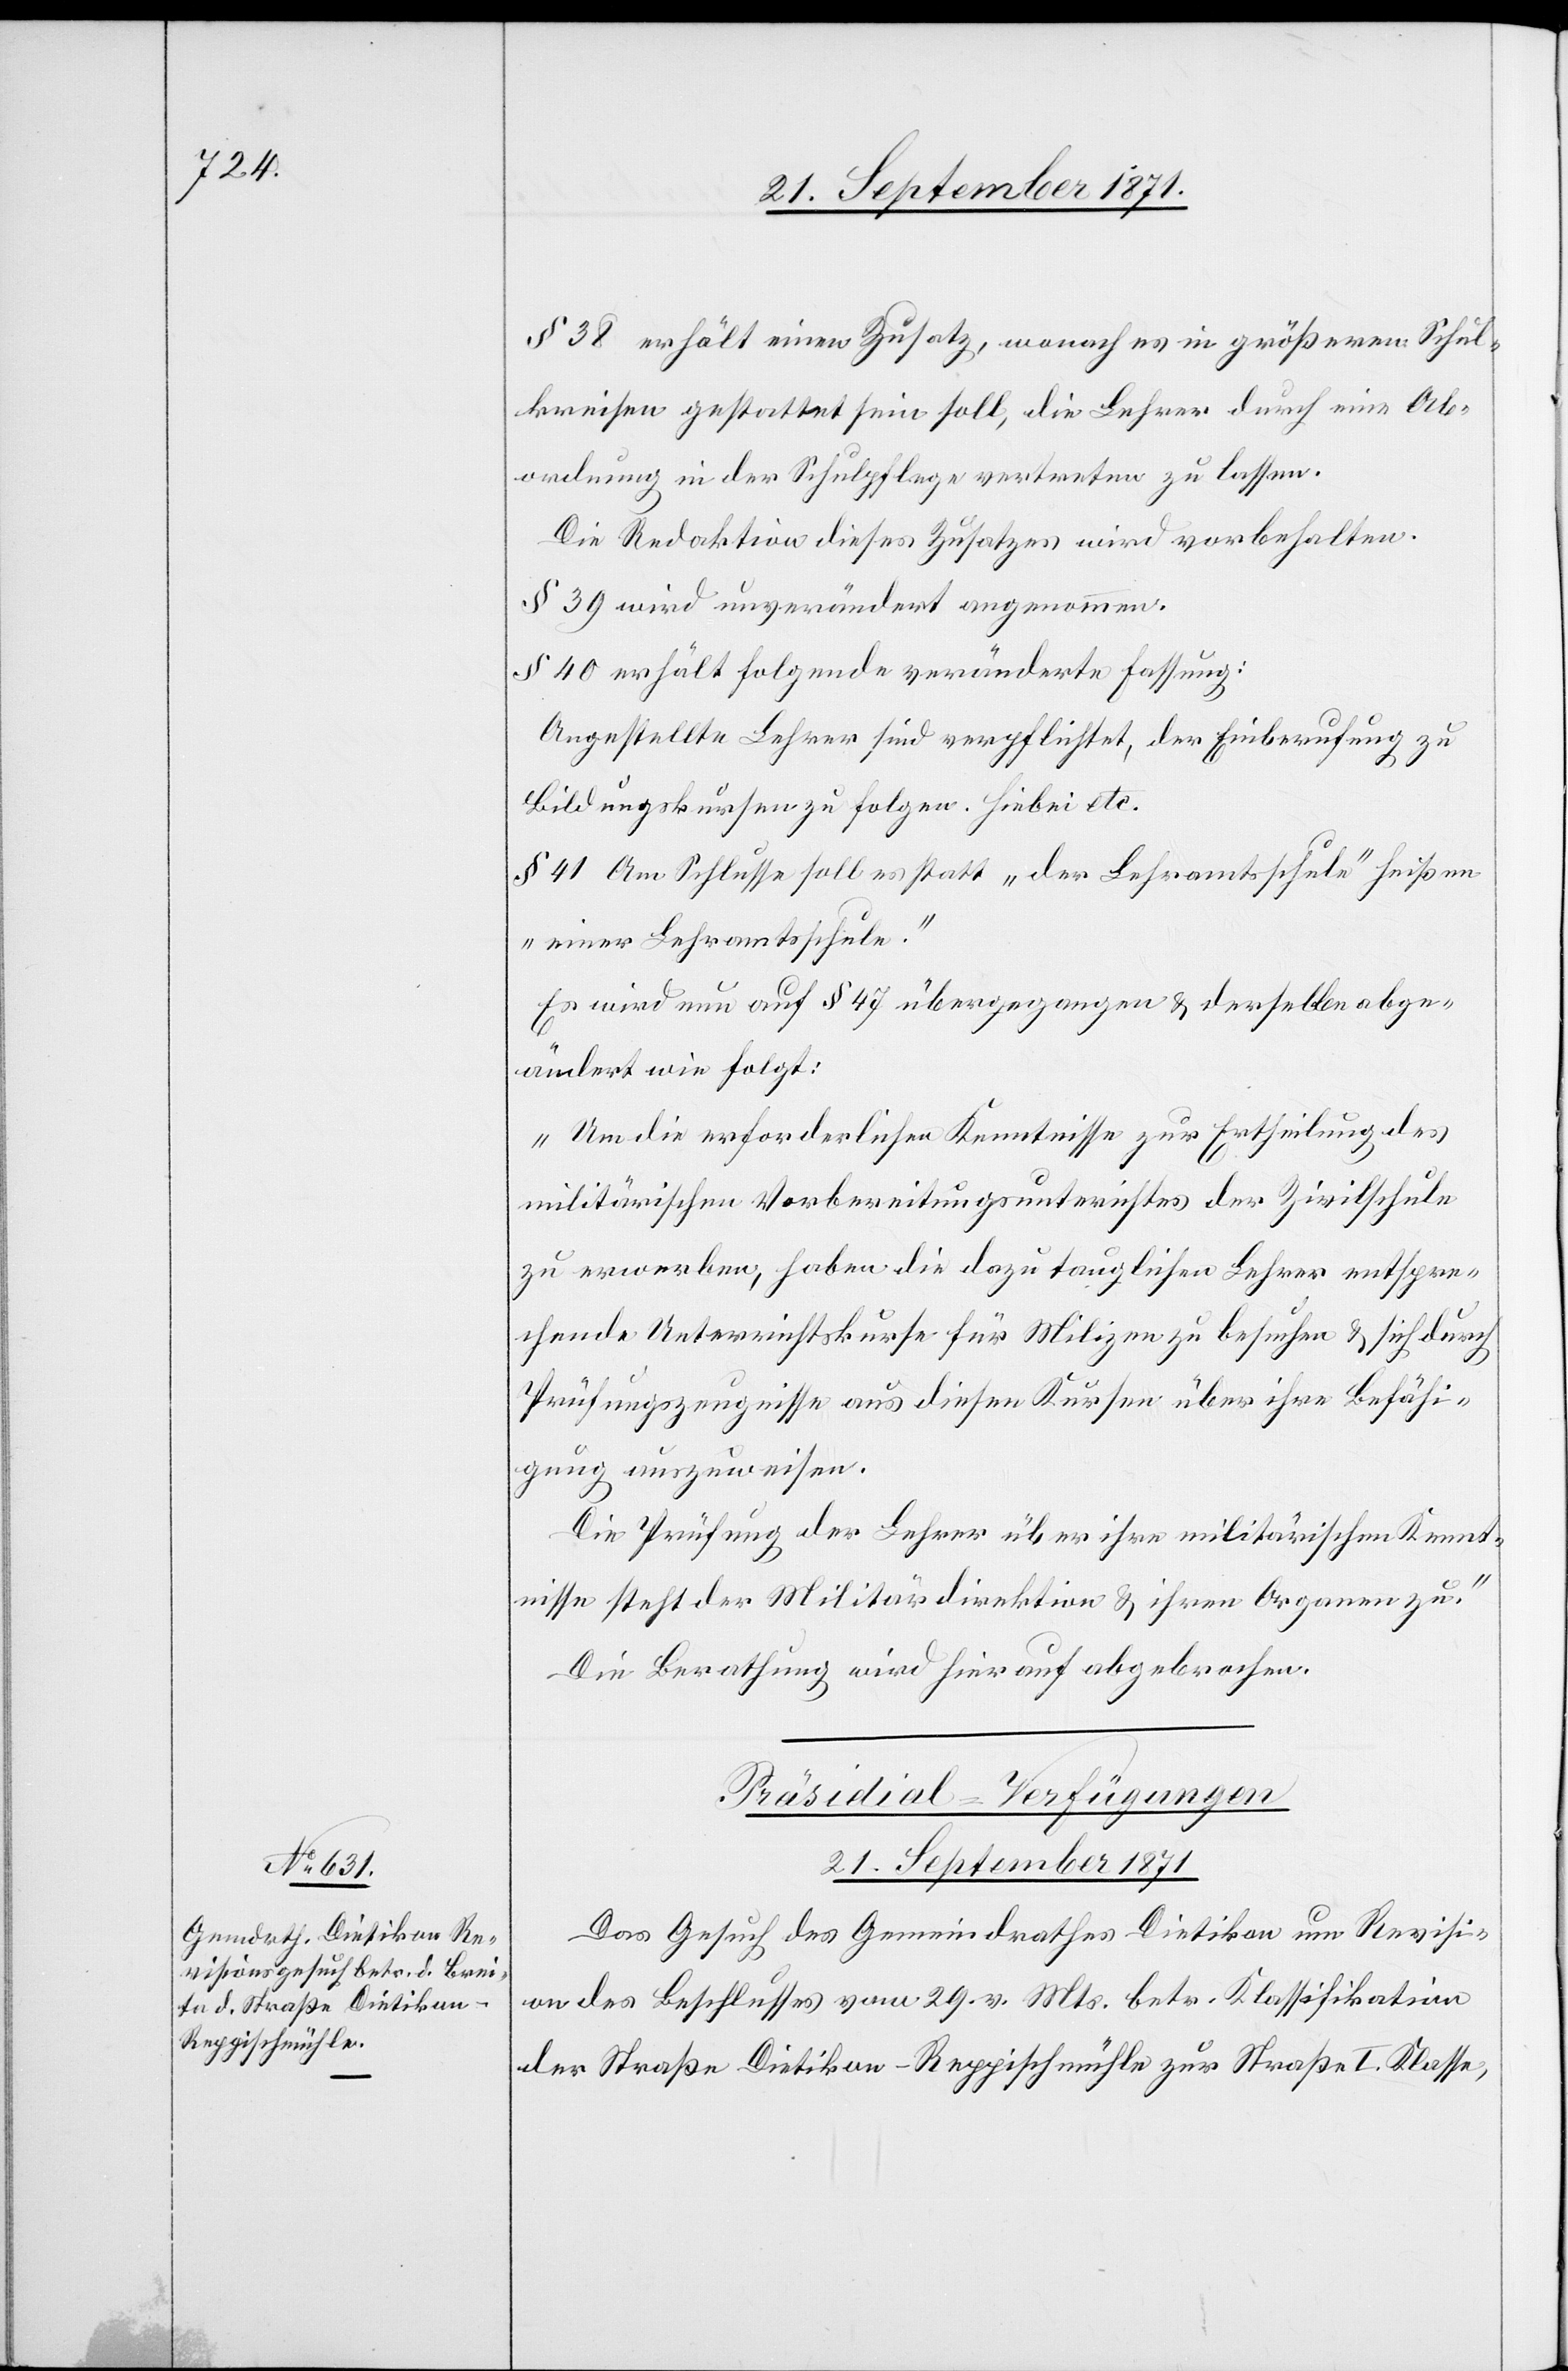
§ 38 erhält einen Zusatz, wonach es in größeren Schul¬
kreisen gestattet sein soll, die Lehrer durch eine Ab¬
ordnung in der Schulpflege vertreten zu lassen.
Die Redaktion dieses Zusatzes wird vorbehalten.
§ 39 wird unverändert angenommen.
§ 40 erhält folgende veränderte Fassung:
Angestellte Lehrer sind verpflichtet, der Einberufung zu
Bildungskursen zu folgen. Hiebei etc.
§ 41 Am Schlusse soll es statt „der Lehramtsschule“ heißen
„einer Lehramtschule.“
Es wird nun auf § 47 übergegangen & derselbe abge¬
ändert wie folgt:
„Um die erforderlichen Kenntnisse zur Ertheilung des
militärischen Vorbereitungsberichtes der Zivilschule
zu erwerben, haben die dazu tauglichen Lehrer entspre¬
chende Unterrichtskurse für Milizen zu besuchen & sich durch
Prüfungszeugnisse aus diesen Kursen über ihre Befähi¬
gung auszuweisen.
Die Prüfung der Lehrer über ihre militärischen Kennt¬
nisse steht der Militärdirektion & ihren Organen zu.“
Die Berathung wird hierauf abgebrochen.
Präsidial-Verfügungen
21. September 1871
Das Gesuch des Gemeindrathes Dietikon um Revisi¬
on des Beschlusses vom 29. v. Mts. betr. Klassifikation
der Straße Dietikon–Reppischmühle zur Straße I. Klasse,